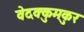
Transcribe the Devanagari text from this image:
वेदक्कुमकुर